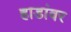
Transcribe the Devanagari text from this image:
हाडांवर